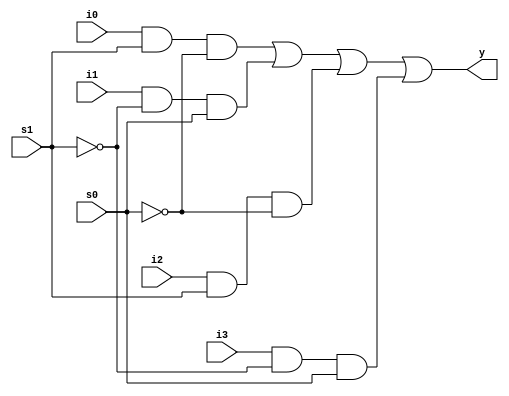
module Multi(y,i0,i1,i2,i3,s0,s1);
    input i0,i1,i2,i3,s0,s1;
    output y;
    wire s1n,s0n,y1,y2,y3,y4;
//GATES
//Create s1n and s0n
    not (s1n,s1);
    not (s0n,s0);
//3i/p gates
    and y1(y1,i0,s1,s0n);
    and y2(y2,i1,s1n,s0);
    and y3(y3,i2,s1,s0n);
    and y4(y4,i3,s1n,s0);

    or(y,y1,y2,y3,y4);

endmodule